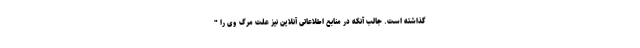
گذاشته است. جالب آنکه در منابع اطلاعاتی آنلاین نیز علت مرگ وی را "